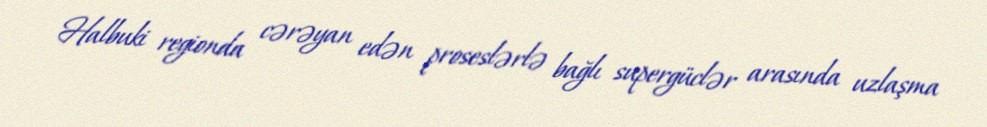
Halbuki regionda cərəyan edən proseslərlə bağlı supergüclər arasında uzlaşma